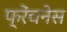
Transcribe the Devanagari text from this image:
फ्रेंचनेस